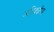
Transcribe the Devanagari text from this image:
अधिक्योंष्य